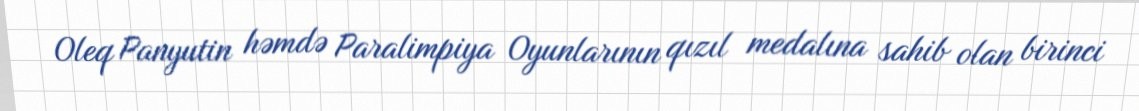
Oleq Panyutin həmdə Paralimpiya Oyunlarının qızıl medalına sahib olan birinci